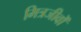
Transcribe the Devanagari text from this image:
मित्रजीवों